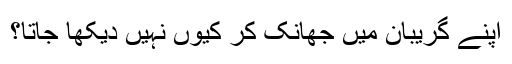
اپنے گریبان میں جھانک کر کیوں نہیں دیکھا جاتا؟